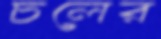
চলের